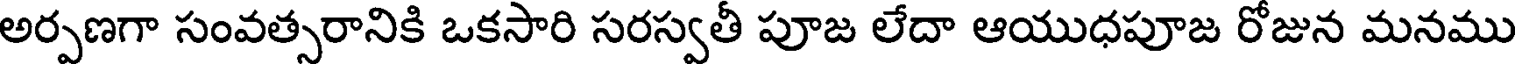
అర్పణగా సంవత్సరానికి ఒకసారి సరస్వతీ పూజ లేదా ఆయుధపూజ రోజున మనము